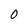
Character: 0